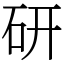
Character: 研